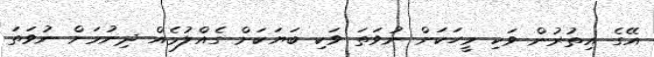
އޭގެ އިތުރުން ވަކި މީހަކަށް ނުވަތަ ވަކި ބަޔަކަށް ގެއްލުމެއް ދިނުމަށް ނުވަތަ